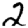
Digit: 2